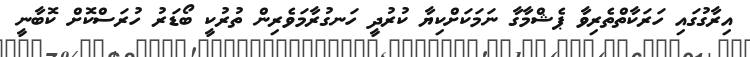
އިރާގުގައި ހަރަކާތްތެރިވާ ޕެޝްމާގާ ނަމަކަށްކިޔާ ކުރުދީ ހަނގުރާމަވެރިން ތުރުކީ ބޯޑަރު ހުރަސްކޮށް ކޮބާނީ